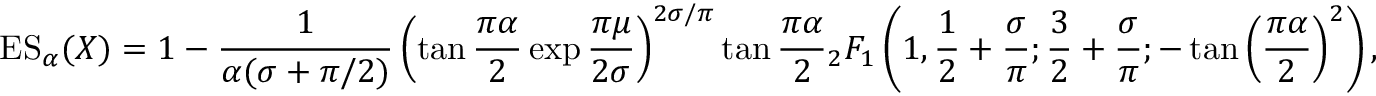
\operatorname { E S } _ { \alpha } ( X ) = 1 - { \frac { 1 } { \alpha ( \sigma + { \pi / 2 } ) } } \left( \tan { \frac { \pi \alpha } { 2 } } \exp { \frac { \pi \mu } { 2 \sigma } } \right) ^ { 2 \sigma / \pi } \tan { \frac { \pi \alpha } { 2 } } { _ { 2 } F _ { 1 } } \left( 1 , { \frac { 1 } { 2 } } + { \frac { \sigma } { \pi } } ; { \frac { 3 } { 2 } } + { \frac { \sigma } { \pi } } ; - \tan \left( { \frac { \pi \alpha } { 2 } } \right) ^ { 2 } \right) ,